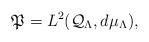
LaTeX: \begin{align*}\mathfrak{P}=L^2(\mathcal{Q}_{\Lambda}, d\mu_{\Lambda}),\end{align*}